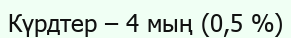
Күрдтер – 4 мың (0,5 %)